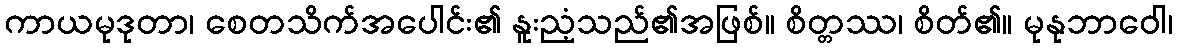
ကာယမုဒုတာ၊ စေတသိက်အပေါင်း၏ နူးညံ့သည်၏အဖြစ်။ စိတ္တဿ၊ စိတ်၏။ မုနုဘာဝေါ၊